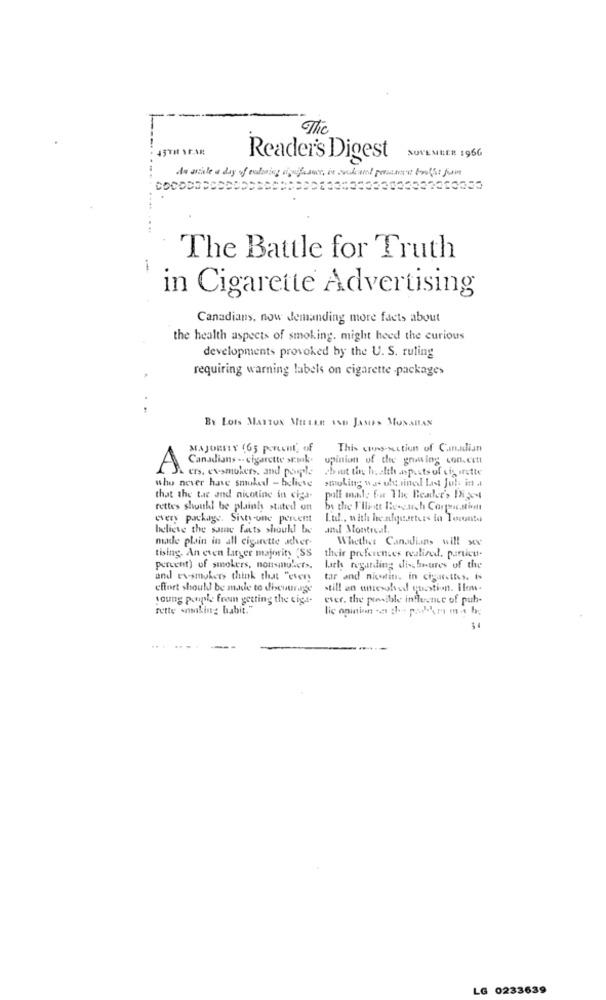
The
--
45TH SF.A.
NOVEMBER 196G
Reader's Digest
...
de wiate a day of enduring siglos, is and and pearet brothat fam
The Battle for Truth
-
in Cigarette Advertising
Canadians, now demanding more facts about
the health aspects of smoking. might heed the curious
developments provoked by the U. S. ruling
requiring warning labels on cigarette -packages
BY Lots MANTON MEELLE ISO JAMES MUSAILAN
MAJORITY (65 percent of
This cons-section of Canadian
Canadians -- cigarette sc.wk.
opinion of the growing con.cott
A
ers. ev-smokers, and people
about the health .isposts of sis instte
who never have smoked - believe
smoking was obtained Last Jobs in
that the tar and nicotine in ciga-
poll mad: Eir The Reader's INi2c-4
rettes shuukl be plainly stated on
bs the I'llinte Research Corps,sitt
every package. Sixty-one percent
Lu ., with he nlquarters in Toronto
believe the same facts shoukl be
and Montreal.
made plain in all cigarette acher-
Whether Canadians will see
tising. An even larger majority "SS
their preferences realised. particu.
percent) of smokers, nonsmulact».
lach regarding dis heures of the
and ex-smokers think that "every
tar and nicotin. in cigarettes. Is
effort should be made to discourage
still en unresolved question. Ilon-
young people from getting the ciga-
eser. the pensible influence of puh-
rette smoking habit."
lic opinion - do porhora ma he
LG 0233639